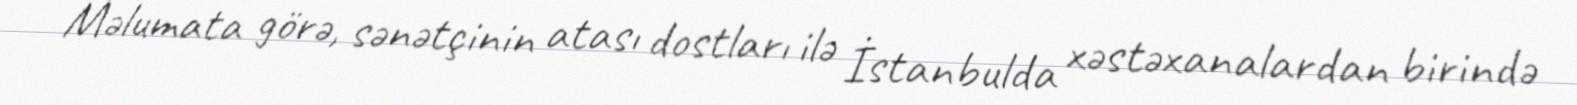
Məlumata görə, sənətçinin atası dostları ilə İstanbulda xəstəxanalardan birində